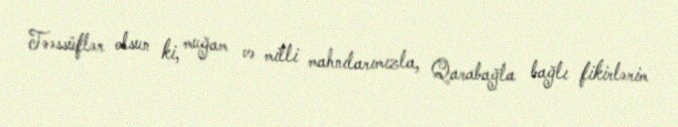
Təəssüflər olsun ki, muğam və milli mahnılarımızla, Qarabağla bağlı fikirlərim